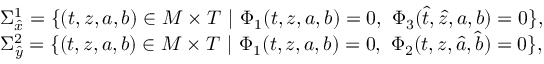
\begin{array} { r l } & { \Sigma _ { \hat { x } } ^ { 1 } = \{ ( t , z , a , b ) \in M \times T \ | \ \Phi _ { 1 } ( t , z , a , b ) = 0 , \ \Phi _ { 3 } ( \hat { t } , \hat { z } , a , b ) = 0 \} , } \\ & { \Sigma _ { \hat { y } } ^ { 2 } = \{ ( t , z , a , b ) \in M \times T \ | \ \Phi _ { 1 } ( t , z , a , b ) = 0 , \ \Phi _ { 2 } ( t , z , \hat { a } , \hat { b } ) = 0 \} , } \end{array}